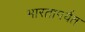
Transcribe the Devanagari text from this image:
भारतापर्यत